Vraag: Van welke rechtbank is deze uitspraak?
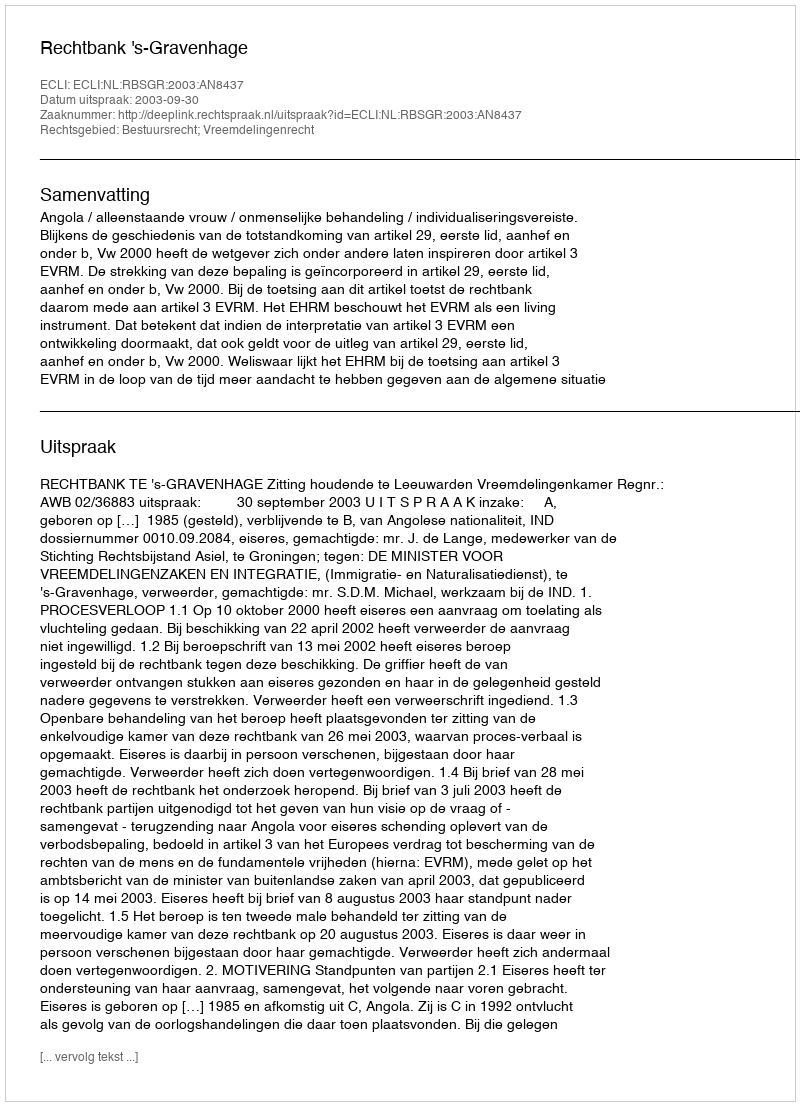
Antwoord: Rechtbank 's-Gravenhage